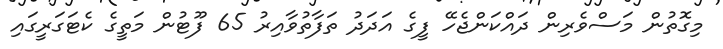
މިގޮތުން މަސްވެރިން ދައްކަންޖެހޭ ފީގެ އަދަދު ތަފާތުވާއިރު 65 ފޫޓުން މަތީގެ ކެޓަގަރީގައި